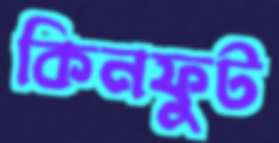
কিনফুট